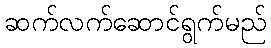
ဆက်လက်ဆောင်ရွက်မည်